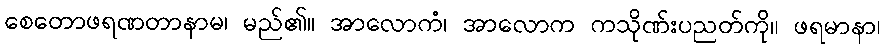
စေတောဖရဏတာနာမ၊ မည်၏။ အာလောကံ၊ အာလောက ကသိုဏ်းပညတ်ကို။ ဖရမာနာ၊